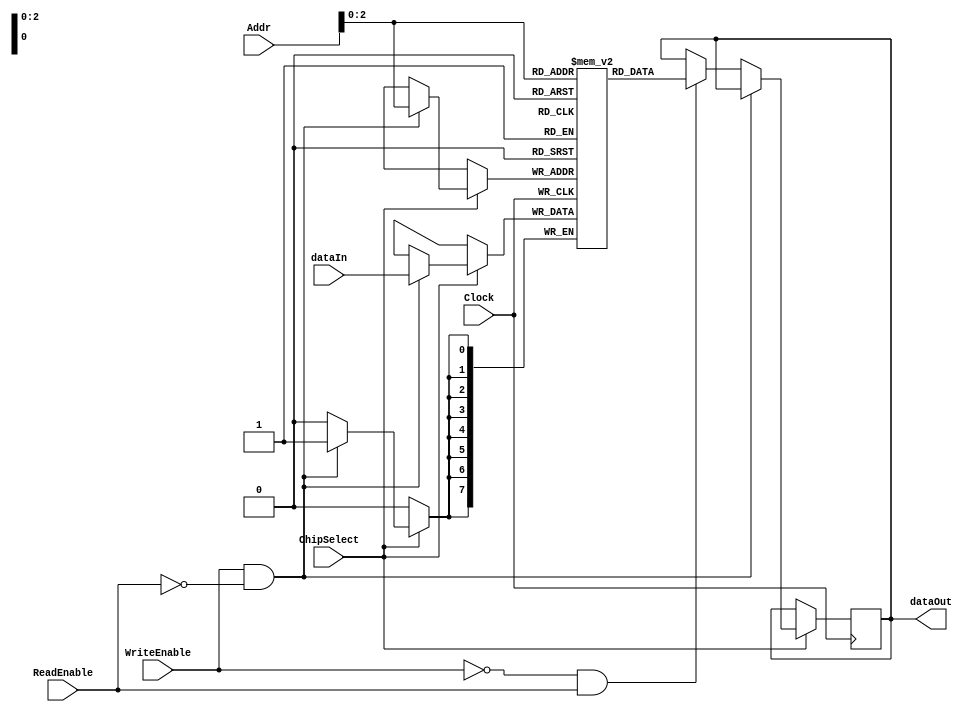
module SRAM(dataIn, dataOut, Addr, ChipSelect, WriteEnable, ReadEnable, Clock);

parameter ADR = 8;
parameter DAT = 8;
parameter DPTH = 8; // for simplicity only 8 words are used

input [DAT-1:0] dataIn;
output reg [DAT-1:0] dataOut;
input [ADR-1:0] Addr;
input ChipSelect;
input WriteEnable;
input ReadEnable;
input Clock;

reg [DAT-1:0] memory [DPTH-1:0];

always @(posedge Clock)
begin
if (ChipSelect) begin
    if (WriteEnable && ~ReadEnable) begin
        memory[Addr] <= dataIn;
    end
    else if (~WriteEnable && ReadEnable) begin
        dataOut <= memory[Addr];
    end
    else;
end
else;
end

endmodule